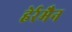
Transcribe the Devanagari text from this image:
हेर्रमैन